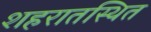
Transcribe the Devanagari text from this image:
शहरातस्थित